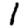
Digit: 1